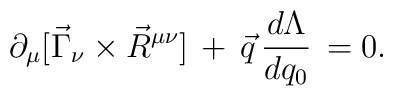
\partial_\mu [ \vec{\Gamma}_\nu \times \vec{R}^{\mu \nu} ] \, + \, \vec{q} \, \frac{d \Lambda}{d q_0} \, = 0 .